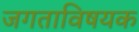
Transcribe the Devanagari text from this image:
जगताविषयक